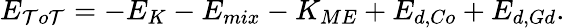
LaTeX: E_{\mathcal{T}o\mathcal{T}}=-E_{K}-E_{mix}-K_{ME}+E_{d,Co}+E_{d,Gd}.